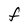
Character: f